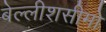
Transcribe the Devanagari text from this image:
बेल्लीशसीमो